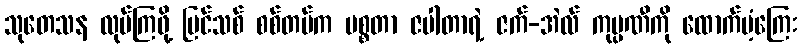
သုတေသန လုပ်ကြဖို့ ပြင်သစ် စစ်တပ်က မစ္စတာ ဇပါတာရဲ့ ဇက်-အဲလ် ကုမ္ပဏီကို ထောက်ပံ့ကြေး